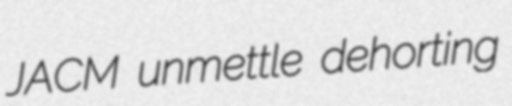
JACM unmettle dehorting